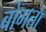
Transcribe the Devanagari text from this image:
बोगता